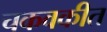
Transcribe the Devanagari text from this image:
चकवकीत